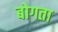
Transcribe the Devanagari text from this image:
बोगता